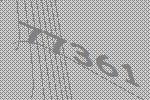
77361